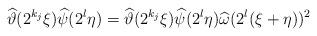
LaTeX: \begin{align*}\widehat{\vartheta}(2^{k_j}\xi)\widehat{\psi}(2^l\eta) = \widehat{\vartheta}(2^{k_j}\xi) \widehat{\psi}(2^l\eta) \widehat{\omega}(2^l(\xi+\eta))^2\end{align*}